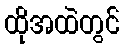
ထိုအထဲတွင်